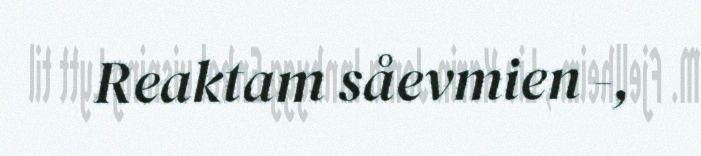
Reaktam såevmien -,